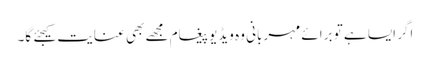
اگر ایسا ہے تو برائے مہربانی وہ ویڈیو پیغام مجھے بھی عنایت کیجئے گا۔